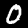
Digit: 0